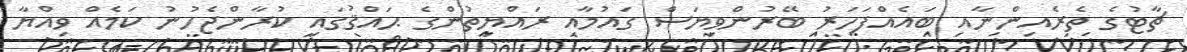
ޗާޓުގެ ތެރެއިންނާއި ބައެއްފަހަރު ބޭރުންވިޔަސް ގައުމާއި ރައްޔިތުންގެ ޙައްޤުގައި ކުރާންޖެހުނު ކަމެއް ވިއްޔާ